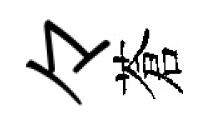
々蒼